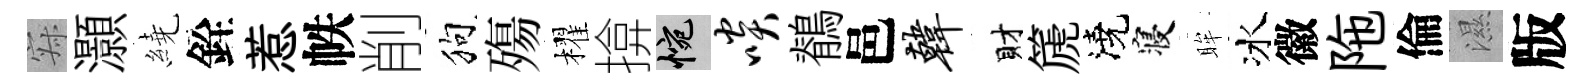
寂灝繞銓惹帙削狗殤櫂揜惋啖鶺邑韩財篪澆寝眸冰徽陁倫濕版